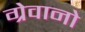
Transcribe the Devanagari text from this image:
ग्रेवानो